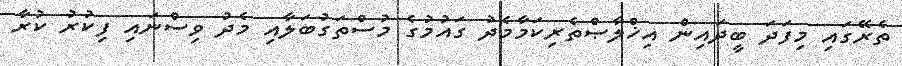
ތެރޭގައި މިފަދަ ބީދައިން އިޚްލާޞްތެރިކަމާމެދު ގައުމުގެ މުސްތަގުބަލާއި މެދު ވިސްނައި ފިކުރު ކުރާ